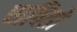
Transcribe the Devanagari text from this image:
चावितो